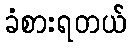
ခံစားရတယ်